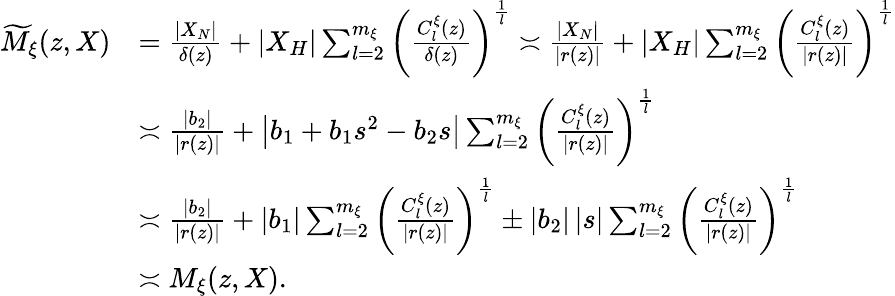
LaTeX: \begin{array}{rl}{\widetilde{M}_{\xi}(z,X)}&{=\frac{|X_{N}|}{\delta(z)}+|X_{H}|\sum_{l=2}^{m_{\xi}}\left(\frac{C_{l}^{\xi}(z)}{\delta(z)}\right)^{\frac{1}{l}}\asymp\frac{|X_{N}|}{|r(z)|}+|X_{H}|\sum_{l=2}^{m_{\xi}}\left(\frac{C_{l}^{\xi}(z)}{|r(z)|}\right)^{\frac{1}{l}}}\\ &{\asymp\frac{|b_{2}|}{|r(z)|}+\left|b_{1}+b_{1}s^{2}-b_{2}s\right|\sum_{l=2}^{m_{\xi}}\left(\frac{C_{l}^{\xi}(z)}{|r(z)|}\right)^{\frac{1}{l}}}\\ &{\asymp\frac{|b_{2}|}{|r(z)|}+|b_{1}|\sum_{l=2}^{m_{\xi}}\left(\frac{C_{l}^{\xi}(z)}{|r(z)|}\right)^{\frac{1}{l}}\pm|b_{2}|\left|s\right|\sum_{l=2}^{m_{\xi}}\left(\frac{C_{l}^{\xi}(z)}{|r(z)|}\right)^{\frac{1}{l}}}\\ &{\asymp M_{\xi}(z,X).}\end{array}